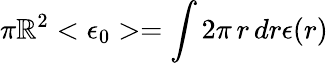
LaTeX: \pi\mathbb{R}^{2}<\epsilon_{0}>=\int2\pi\, r\, dr\epsilon(r)